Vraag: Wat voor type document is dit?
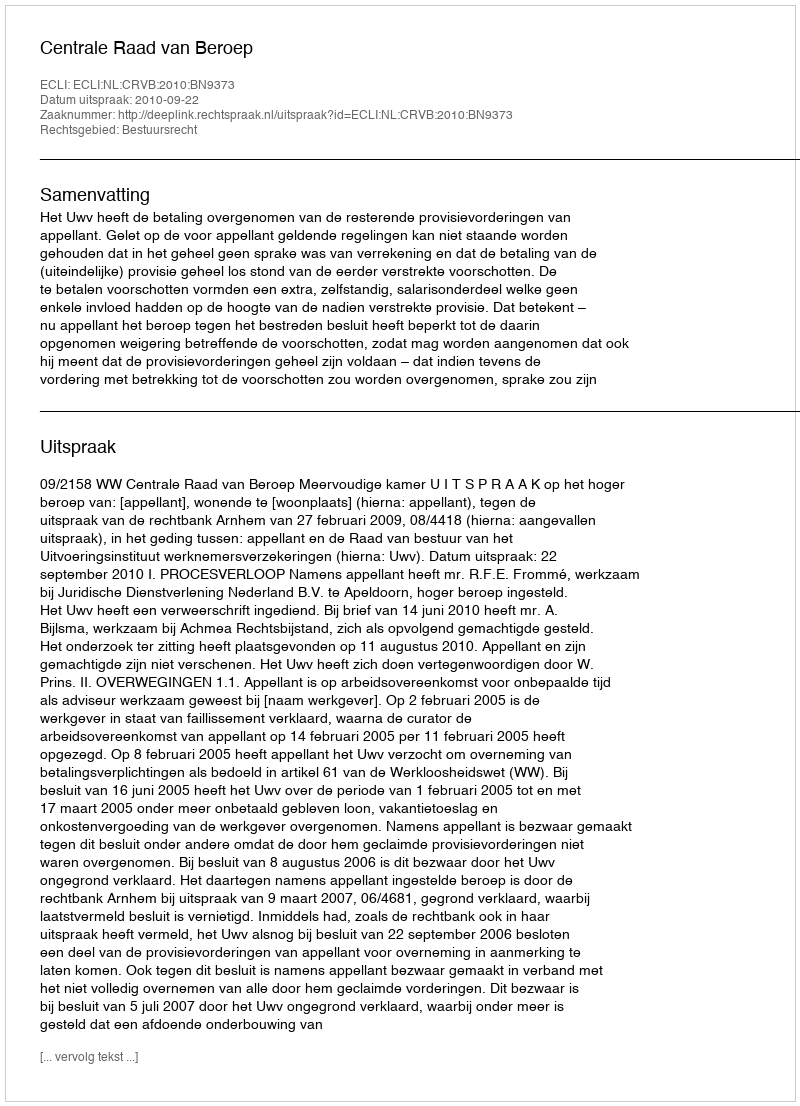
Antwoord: Uitspraak